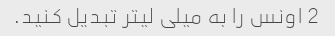
2 اونس را به میلی لیتر تبدیل کنید.